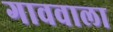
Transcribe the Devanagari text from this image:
गाववाला